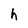
Character: h